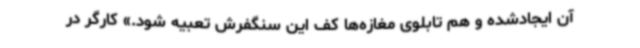
آن ایجادشده و هم تابلوی مغازه‌ها کف این سنگفرش تعبیه شود.» کارگر در